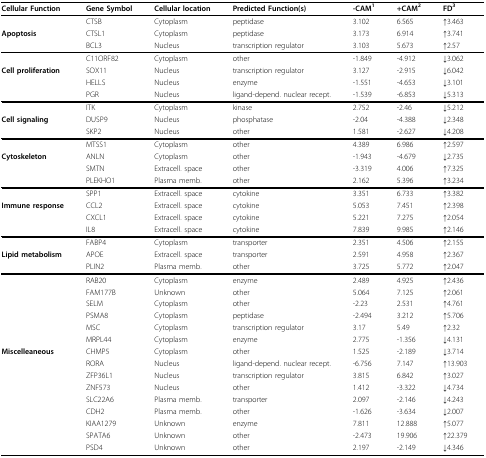
<table><thead><tr><td><b>Cellular Function</b></td><td><b>Gene Symbol</b></td><td><b>Cellular location</b></td><td><b>Predicted Function(s)</b></td><td><b>-CAM<sup>1</sup></b></td><td><b>+CAM<sup>2</sup></b></td><td><b>FD<sup>3</sup></b></td></tr></thead><tbody><tr><td></td><td>CTSB</td><td>Cytoplasm</td><td>peptidase</td><td>3.102</td><td>6.565</td><td>↑3.463</td></tr><tr><td><b>Apoptosis</b></td><td>CTSL1</td><td>Cytoplasm</td><td>peptidase</td><td>3.173</td><td>6.914</td><td>↑3.741</td></tr><tr><td></td><td>BCL3</td><td>Nucleus</td><td>transcription regulator</td><td>3.103</td><td>5.673</td><td>↑2.57</td></tr><tr><td></td><td>C11ORF82</td><td>Cytoplasm</td><td>other</td><td>-1.849</td><td>-4.912</td><td>↓3.062</td></tr><tr><td><b>Cell proliferation</b></td><td>SOX11</td><td>Nucleus</td><td>transcription regulator</td><td>3.127</td><td>-2.915</td><td>↓6.042</td></tr><tr><td></td><td>HELLS</td><td>Nucleus</td><td>enzyme</td><td>-1.551</td><td>-4.653</td><td>↓3.101</td></tr><tr><td></td><td>PGR</td><td>Nucleus</td><td>ligand-depend. nuclear recept.</td><td>-1.539</td><td>-6.853</td><td>↓5.313</td></tr><tr><td></td><td>ITK</td><td>Cytoplasm</td><td>kinase</td><td>2.752</td><td>-2.46</td><td>↓5.212</td></tr><tr><td><b>Cell signaling</b></td><td>DUSP9</td><td>Nucleus</td><td>phosphatase</td><td>-2.04</td><td>-4.388</td><td>↓2.348</td></tr><tr><td></td><td>SKP2</td><td>Nucleus</td><td>other</td><td>1.581</td><td>-2.627</td><td>↓4.208</td></tr><tr><td></td><td>MTSS1</td><td>Cytoplasm</td><td>other</td><td>4.389</td><td>6.986</td><td>↑2.597</td></tr><tr><td><b>Cytoskeleton</b></td><td>ANLN</td><td>Cytoplasm</td><td>other</td><td>-1.943</td><td>-4.679</td><td>↓2.735</td></tr><tr><td></td><td>SMTN</td><td>Extracell. space</td><td>other</td><td>-3.319</td><td>4.006</td><td>↑7.325</td></tr><tr><td></td><td>PLEKHO1</td><td>Plasma memb.</td><td>other</td><td>2.162</td><td>5.396</td><td>↑3.234</td></tr><tr><td></td><td>SPP1</td><td>Extracell. space</td><td>cytokine</td><td>3.351</td><td>6.733</td><td>↑3.382</td></tr><tr><td><b>Immune response</b></td><td>CCL2</td><td>Extracell. space</td><td>cytokine</td><td>5.053</td><td>7.451</td><td>↑2.398</td></tr><tr><td></td><td>CXCL1</td><td>Extracell. space</td><td>cytokine</td><td>5.221</td><td>7.275</td><td>↑2.054</td></tr><tr><td></td><td>IL8</td><td>Extracell. space</td><td>cytokine</td><td>7.839</td><td>9.985</td><td>↑2.146</td></tr><tr><td></td><td>FABP4</td><td>Cytoplasm</td><td>transporter</td><td>2.351</td><td>4.506</td><td>↑2.155</td></tr><tr><td><b>Lipid metabolism</b></td><td>APOE</td><td>Extracell. space</td><td>transporter</td><td>2.591</td><td>4.958</td><td>↑2.367</td></tr><tr><td></td><td>PLIN2</td><td>Plasma memb.</td><td>other</td><td>3.725</td><td>5.772</td><td>↑2.047</td></tr><tr><td></td><td>RAB20</td><td>Cytoplasm</td><td>enzyme</td><td>2.489</td><td>4.925</td><td>↑2.436</td></tr><tr><td></td><td>FAM177B</td><td>Unknown</td><td>other</td><td>5.064</td><td>7.125</td><td>↑2.061</td></tr><tr><td></td><td>SELM</td><td>Cytoplasm</td><td>other</td><td>-2.23</td><td>2.531</td><td>↑4.761</td></tr><tr><td></td><td>PSMA8</td><td>Cytoplasm</td><td>peptidase</td><td>-2.494</td><td>3.212</td><td>↑5.706</td></tr><tr><td></td><td>MSC</td><td>Cytoplasm</td><td>transcription regulator</td><td>3.17</td><td>5.49</td><td>↑2.32</td></tr><tr><td></td><td>MRPL44</td><td>Cytoplasm</td><td>enzyme</td><td>2.775</td><td>-1.356</td><td>↓4.131</td></tr><tr><td><b>Miscelleaneous</b></td><td>CHMP5</td><td>Cytoplasm</td><td>other</td><td>1.525</td><td>-2.189</td><td>↓3.714</td></tr><tr><td></td><td>RORA</td><td>Nucleus</td><td>ligand-depend. nuclear recept.</td><td>-6.756</td><td>7.147</td><td>↑13.903</td></tr><tr><td></td><td>ZFP36L1</td><td>Nucleus</td><td>transcription regulator</td><td>3.815</td><td>6.842</td><td>↑3.027</td></tr><tr><td></td><td>ZNF573</td><td>Nucleus</td><td>other</td><td>1.412</td><td>-3.322</td><td>↓4.734</td></tr><tr><td></td><td>SLC22A6</td><td>Plasma memb.</td><td>transporter</td><td>2.097</td><td>-2.146</td><td>↓4.243</td></tr><tr><td></td><td>CDH2</td><td>Plasma memb.</td><td>other</td><td>-1.626</td><td>-3.634</td><td>↓2.007</td></tr><tr><td></td><td>KIAA1279</td><td>Unknown</td><td>enzyme</td><td>7.811</td><td>12.888</td><td>↑5.077</td></tr><tr><td></td><td>SPATA6</td><td>Unknown</td><td>other</td><td>-2.473</td><td>19.906</td><td>↑22.379</td></tr><tr><td></td><td>PSD4</td><td>Unknown</td><td>other</td><td>2.197</td><td>-2.149</td><td>↓4.346</td></tr></tbody></table>